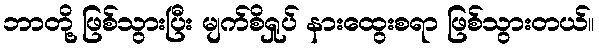
ဘာတို့ ဖြစ်သွားပြီး မျက်စိရှုပ် နားထွေးစရာ ဖြစ်သွားတယ်။